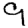
Digit: 9